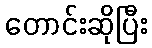
တောင်းဆိုပြီး